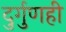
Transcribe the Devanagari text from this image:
दुर्गुणही